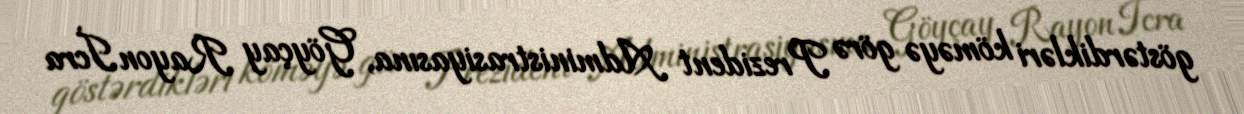
göstərdikləri köməyə görə Prezident Administrasiyasına, Göyçay Rayon İcra